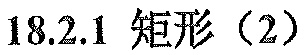
18.2.1 矩形（2）